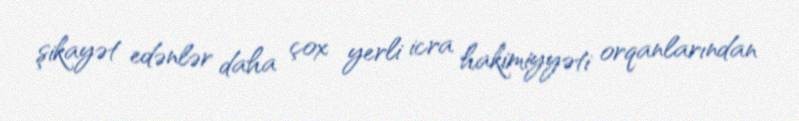
şikayət edənlər daha çox yerli icra hakimiyyəti orqanlarından